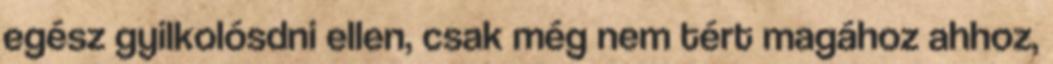
egész gyilkolósdni ellen, csak még nem tért magához ahhoz,